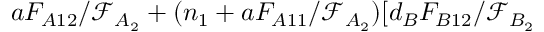
a F _ { A 1 2 } / \mathcal { F } _ { A _ { 2 } } + ( n _ { 1 } + a F _ { A 1 1 } / \mathcal { F } _ { A _ { 2 } } ) [ d _ { B } F _ { B 1 2 } / \mathcal { F } _ { B _ { 2 } }